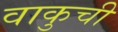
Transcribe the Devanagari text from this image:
वाकुची